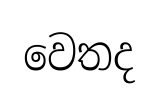
වෙතද